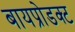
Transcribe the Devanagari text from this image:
बायप्रोडक्ट